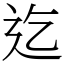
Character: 迄